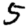
Digit: 5